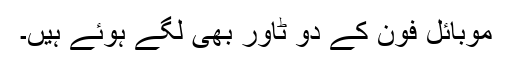
موبائل فون کے دو ٹاور بھی لگے ہوئے ہیں۔